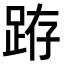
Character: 𨀛